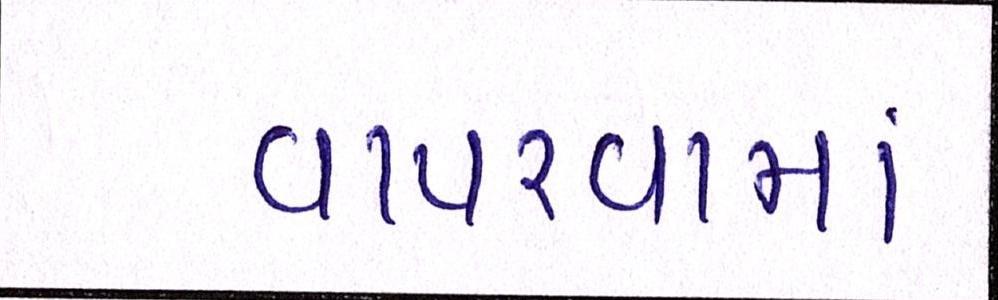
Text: વાપરવામાં